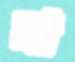
সা